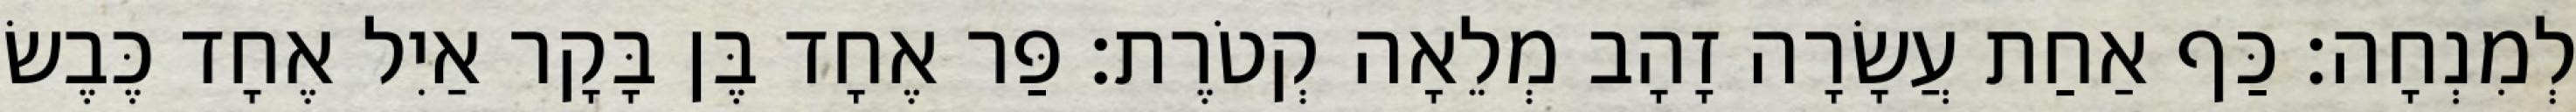
לְמִנְחָה׃ כַּף אַחַת עֲשָׂרָה זָהָב מְלֵאָה קְטֹרֶת׃ פַּר אֶחָד בֶּן בָּקָר אַיִל אֶחָד כֶּבֶשׂ